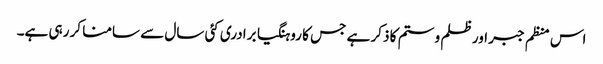
اس منظم جبر اور ظلم و ستم کا ذکر ہے جس کا روہنگیا برادری کئی سال سے سامنا کر رہی ہے۔